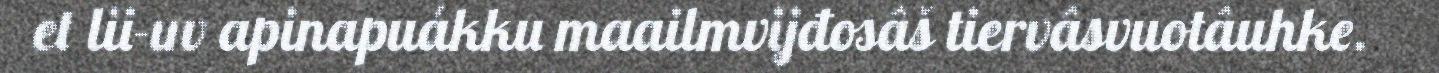
et lii-uv apinapuákku maailmvijđosâš tiervâsvuotâuhke.